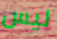
ليس